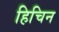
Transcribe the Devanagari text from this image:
हिचिन